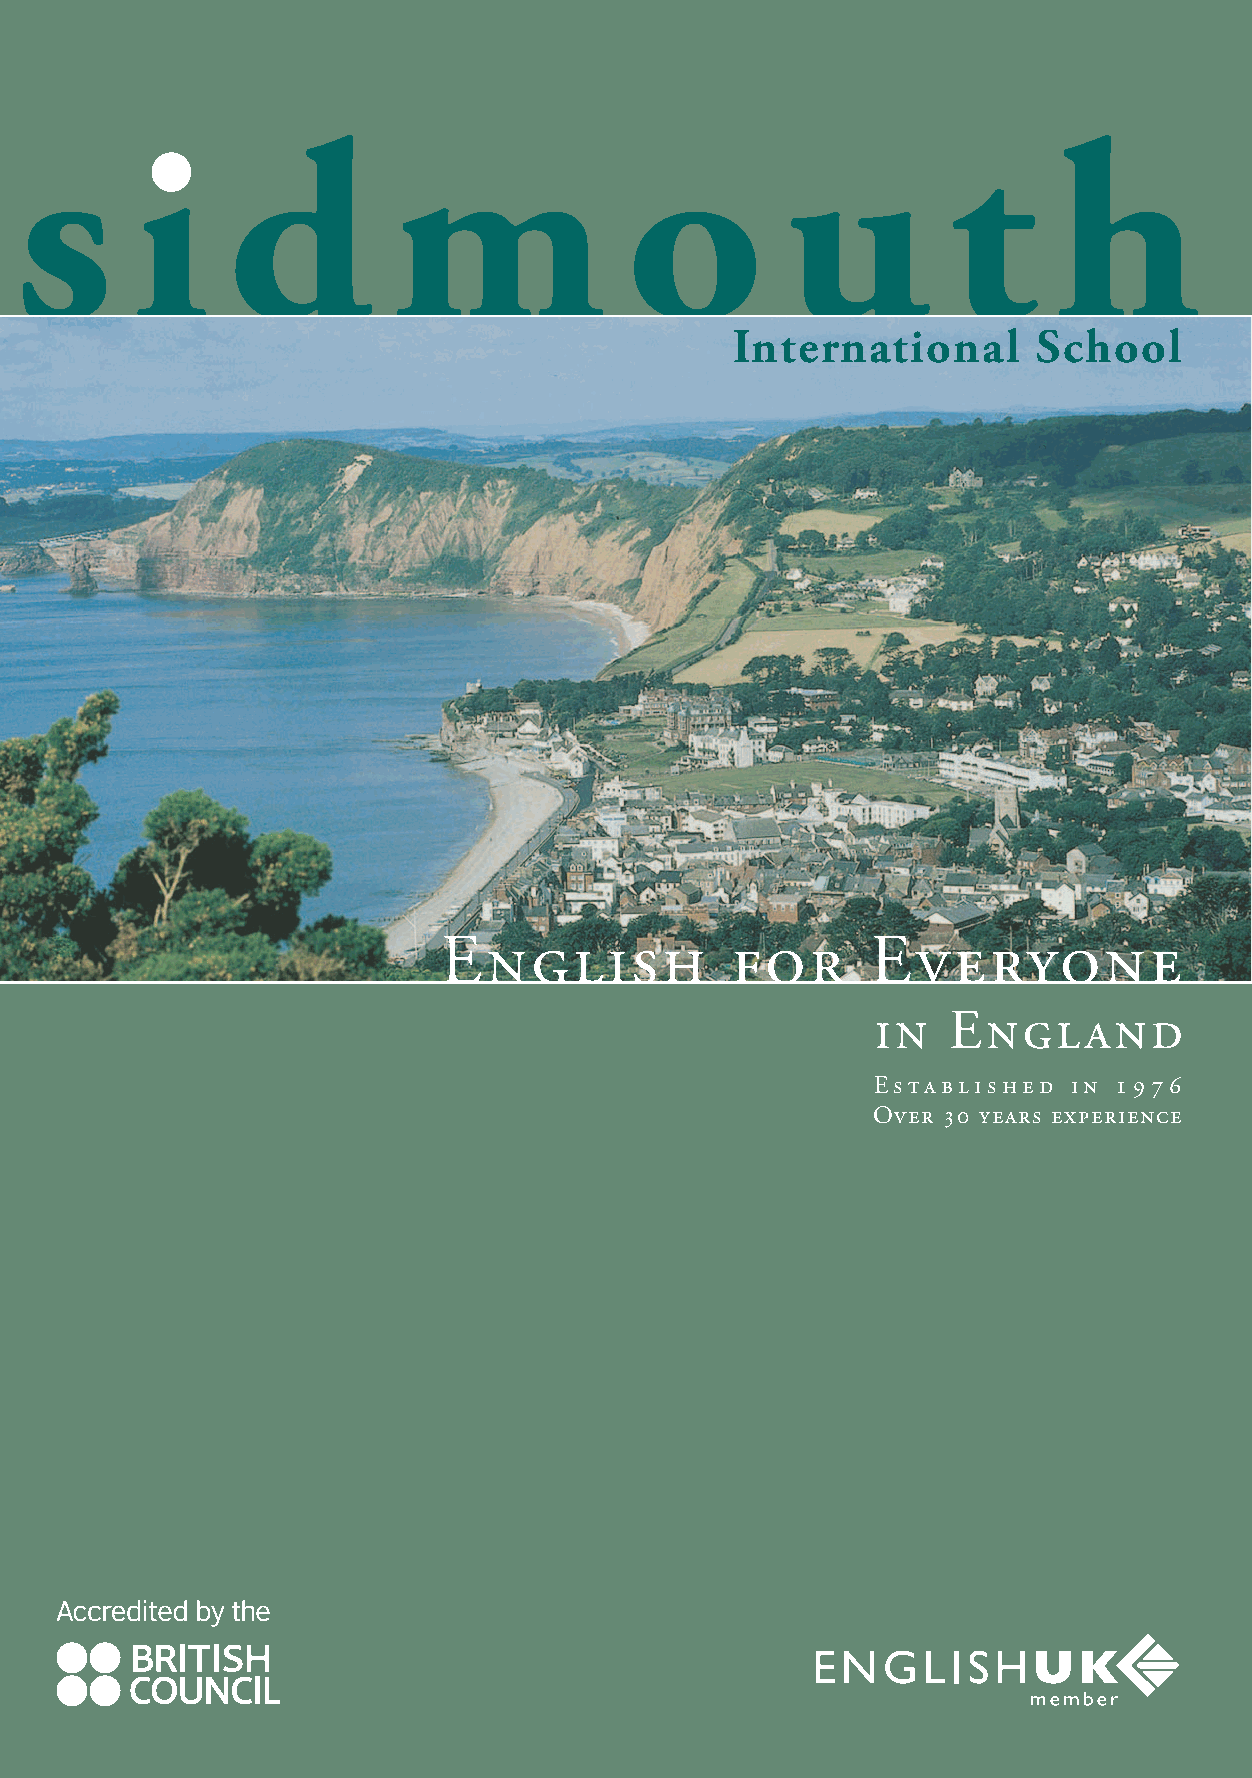
How         can      I   travel        to    Sidmouth?
 s       i     d          m              o          u          t      h
 There is a FREE school escorted bus between
 Heathrow Airport and Sidmouth (2 1/ hours) every
 2
 Saturday all year round, with an airline meeting and
 check-in service for younger students.
 Ask for the school Transport Information Pack.
 There are various ways to get here. We can send you                                                             International        School
 transport information to help you plan your journey
 and save you time and money.
 Possibilities include:
 • National Express coach or train services from Central
 London and London airports to Exeter.
 • Bus and train services from ferry ports to Exeter.
 • School car from any UK location direct to your
 accommodation in Sidmouth.
 • Fly to our convenient and safe airport in Exeter.
 You can make the short trip from Exeter to Sidmouth
 (24 km) by school car, taxi or local bus.
 International flights are available from the
 following regional airports: Exeter, Bristol,
 Southampton or Bournemouth.
 Please ask for the school transport information pack or
 see our website for more information and prices.
 Stratford-upon-Avon
 Stansted
 Oxford
 English            for      Everyone
 Cardiff
 London
 Bristol            Heathrow
 in   England
 Bath
 Stonehenge
 Exmoor
 1 1/2 hours travel Gatwick                                                                              Established  in 1976
 1 hour travel                                                                                                  Over 30 years experience
 Southampton
 Dartmoor Exeter SIDMOUTH             3 hours travel
 Bournemouth
 Plymouth Torquay
 Dartmouth
 For further details please contact:
 Sidmouth International School
 May Cottage, Sidmouth, Devon EX10 8EN, U.K.
 Tel: +44-1395-516754 Fax: +44-1395-579270
 e-mail: efl@sidmouth-int.co.uk
 Internet: www.sidmouth-int.co.uk
 or your local Agent: